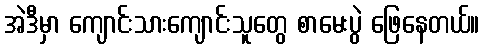
အဲဒီမှာ ကျောင်းသားကျောင်းသူတွေ စာမေးပွဲ ဖြေနေတယ်။